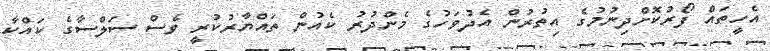
އެހީތައް ފޯރުކޮށްދިނުމުގެ އިތުރުން އެދުވަހުގެ މެންދުރު ކެއުން ތައްޔާރުކުރީ ވެސް ސަލްސާގެ ކައްކާ